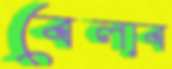
বেলাব